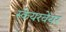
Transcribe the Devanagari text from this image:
स्केयरवेयर